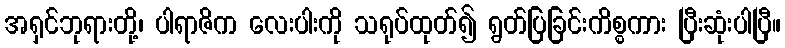
အရှင်ဘုရားတို့၊ ပါရာဇိက လေးပါးကို သရုပ်ထုတ်၍ ရွတ်ပြခြင်းကိစ္စကား ပြီးဆုံးပါပြီ။